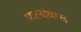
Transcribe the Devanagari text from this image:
प्रयत्‍नांचाच